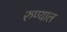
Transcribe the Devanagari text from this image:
रुण्याल